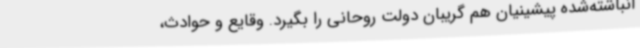
انباشته‌شده پیشینیان هم گریبان دولت روحانی را بگیرد. وقایع و حوادث،